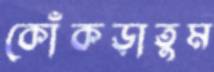
কোঁকড়াতুম